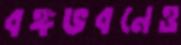
বঙ্গভবনেও